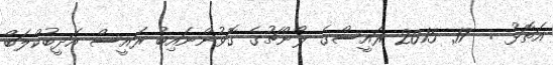
އަތޮޅު :  17